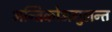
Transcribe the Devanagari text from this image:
अन्तिकोअगुलन्त